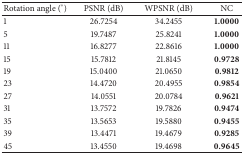
<table><thead><tr><td><b>Rotation angle (°)</b></td><td><b>PSNR (dB)</b></td><td><b>WPSNR (dB)</b></td><td><b>NC</b></td></tr></thead><tbody><tr><td>1</td><td>26.7254</td><td>34.2455</td><td><b>1.0000</b></td></tr><tr><td>5</td><td>19.7487</td><td>25.8241</td><td><b>1.0000</b></td></tr><tr><td>11</td><td>16.8277</td><td>22.8616</td><td><b>1.0000</b></td></tr><tr><td>15</td><td>15.7812</td><td>21.8145</td><td><b>0.9728</b></td></tr><tr><td>19</td><td>15.0400</td><td>21.0650</td><td><b>0.9812</b></td></tr><tr><td>23</td><td>14.4720</td><td>20.4955</td><td><b>0.9854</b></td></tr><tr><td>27</td><td>14.0551</td><td>20.0784</td><td><b>0.9621</b></td></tr><tr><td>31</td><td>13.7572</td><td>19.7826</td><td><b>0.9474</b></td></tr><tr><td>35</td><td>13.5653</td><td>19.5880</td><td><b>0.9455</b></td></tr><tr><td>39</td><td>13.4471</td><td>19.4679</td><td><b>0.9285</b></td></tr><tr><td>45</td><td>13.4550</td><td>19.4698</td><td><b>0.9645</b></td></tr></tbody></table>